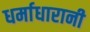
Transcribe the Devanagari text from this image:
धर्माधारानी